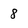
Character: 8